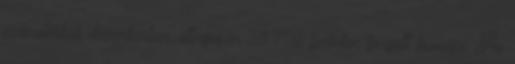
százalékkal, decemberben átlagosan 38 706 forinton forgott tonnája. Az